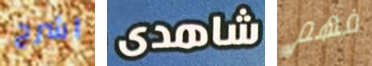
اشرح شاهدى فهم